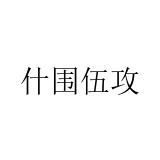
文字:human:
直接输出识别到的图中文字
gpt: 什围伍攻